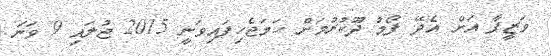
ވަޒީފާ އަށް އެދޭ ފޯމު ދޫކުރުމަށް ހަމަޖެހިފައިވަނީ 2015 ޖުލައި 9 ވަނަ